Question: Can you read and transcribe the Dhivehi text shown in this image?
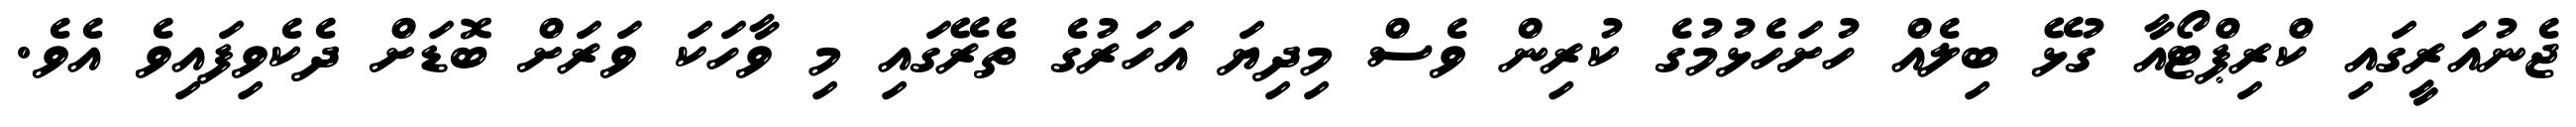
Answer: ޖެނުއަރީގައި ކްރިޕްޓޯއާ ގުޅޭ ބިލެއް ހުށަހެޅުމުގެ ކުރިން ވެސް މިދިޔަ އަހަރުގެ ތެރޭގައި މި ވާހަކަ ވަރަށް ބޮޑަށް ދެކެވިފައިވެ އެވެ.